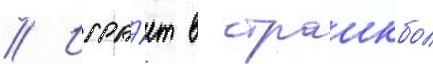
// Игра́ет в страикбол